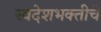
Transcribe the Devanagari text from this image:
स्वदेशभक्तीचे